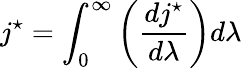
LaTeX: j^{\star}=\int_{0}^{\infty}\left({\frac{dj^{\star}}{d\lambda}}\right)d\lambda